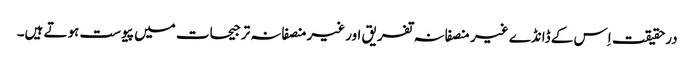
درحقیقت اِس کے ڈانڈے غیر منصفانہ تفریق اورغیرمنصفانہ ترجیحات میں پیوست ہوتے ہیں۔